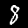
Label: 8